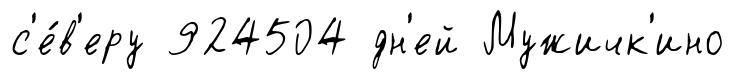
с'е́в'еру 924504 дн'ей Мужичк'ино